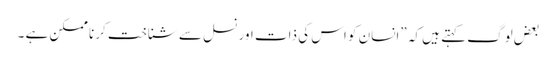
بعض لوگ کہتے ہیں کہ ”انسان کو اس کی ذات اور نسل سے شناخت کرنا ممکن ہے ۔